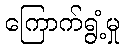
ကြောက်ရွံ့မှု